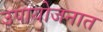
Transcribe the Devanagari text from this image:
उपायोजनात